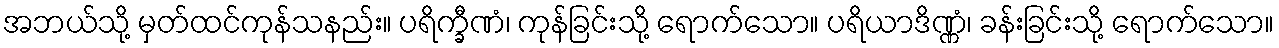
အဘယ်သို့ မှတ်ထင်ကုန်သနည်း။ ပရိက္ခီဏံ၊ ကုန်ခြင်းသို့ ရောက်သော။ ပရိယာဒိဏ္ဏံ၊ ခန်းခြင်းသို့ ရောက်သော။